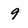
Character: 9